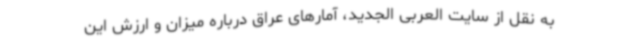
به نقل از سایت العربی الجدید، آمارهای عراق درباره میزان و ارزش این